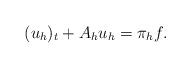
LaTeX: \begin{align*} (u_h)_t+A_h u_h=\pi_h f.\end{align*}